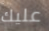
عليك